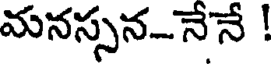
మనస్సన-నేనే !